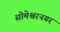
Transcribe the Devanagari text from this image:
सोमेश्वरनगर